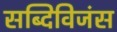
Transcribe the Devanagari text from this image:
सब्दिविजंस